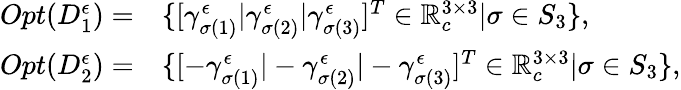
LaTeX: \begin{array}{rl}{Opt(D_{1}^{\epsilon})=}&{\{ [\gamma_{\sigma(1)}^{\epsilon}|\gamma_{\sigma(2)}^{\epsilon}|\gamma_{\sigma(3)}^{\epsilon}]^{T}\in\mathbb{R}_{c}^{3\times 3}|\sigma\in S_{3}\} ,}\\ {Opt(D_{2}^{\epsilon})=}&{\{ [-\gamma_{\sigma(1)}^{\epsilon}|-\gamma_{\sigma(2)}^{\epsilon}|-\gamma_{\sigma(3)}^{\epsilon}]^{T}\in\mathbb{R}_{c}^{3\times 3}|\sigma\in S_{3}\} ,}\end{array}